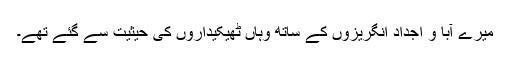
میرے آبا و اجداد انگریزوں کے ساتھ وہاں ٹھیکیداروں کی حیثیت سے گئے تھے۔